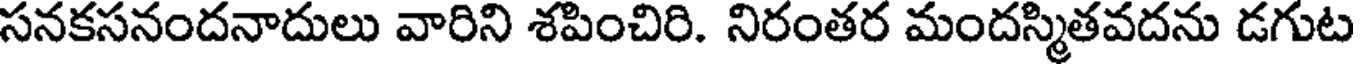
సనకసనందనాదులు వారిని శపించిరి. నిరంతర మందస్మితవదను డగుట